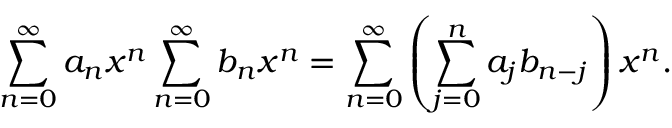
\sum _ { n = 0 } ^ { \infty } a _ { n } x ^ { n } \sum _ { n = 0 } ^ { \infty } b _ { n } x ^ { n } = \sum _ { n = 0 } ^ { \infty } \left( \sum _ { j = 0 } ^ { n } a _ { j } b _ { n - j } \right) x ^ { n } .